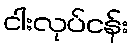
ငါးလုပ်ငန်း